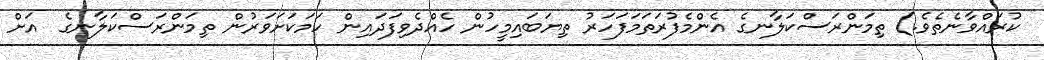
ކުރައްވާނެތެވެ.) ތިމަންރަސްކަލާނގެ އެންމެފުރަތަމަފަހަރު ތިޔަބައިމީހުން ހެއްދެވިފަދައިން ހަމަކަށަވަރުން ތިމަންރަސްކަލާނގެ  އަށް